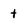
Character: t